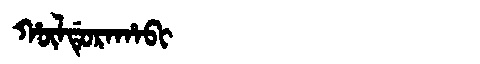
Manchu: ᡥᡡᠯᡩᡠᡵᠠᡥᠠᠪᡳ
Romanization: HŪLDURAHABI